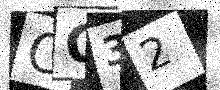
Text: CO32